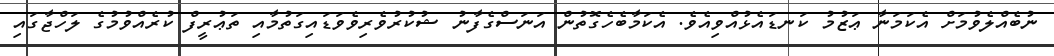
ނުބެއްލެވުމަށް އެކަމަނާ ޢަޒުމު ކަނޑައެޅުއްވިއެވެ. އެކަމާބެހެގޮތުން އަނަސްގެފާނު ޝުކުރުވެރިވެވަޑައިގަތުމާއި ތަޢުރީފް ކުރެއްވުމުގެ ލަހްޖާގައި